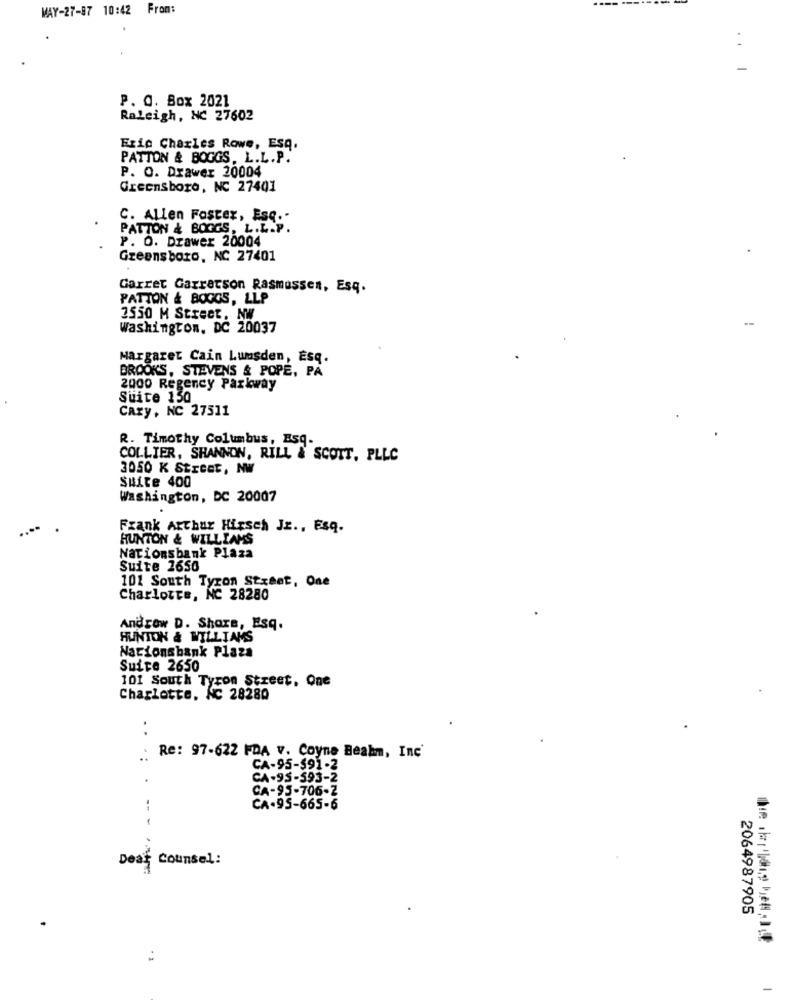
MAY-27-87 10:42 From:
..
P. O. Box 2021
Raleigh, NC 27602
Eric Charles Rowe, ESq.
PATTON & BOGGS, L.L.P.
P. O. Drawer 20004
Greensboro, NC 27401
C. Allen Foster, Esq."
PATTON & BORGS, L.L.P.
P. O. Drawer 20004
Greensboro, NC 27401
Garret Garretson Rasmussen, Esq.
PATTON & BOGGS, LLP
2550 M Street, NW
Washington, DC 20037
Margaret Cain Lumsden, Esq.
BROOKS, STEVENS & POPE, PA
2000 Regency Parkway
Suite 150
Cary, NC 27511
R. Timothy Columbus, Esq.
COLLIER, SHANNON, RILL & SCOTT, PLLC
3050 K Street, NWW
Suite 400
Washington, DC 20007
Frank Arthur Hirsch Jr ., Esq.
HUNTON & WILLIAMS
Nationsbank Plaza
Suite 1650
101 South Tyron Street, One
Charlotte, NC 28280
Andrew D. Shore, Esq.
HUNTON & WILLIAMS
Nacionsbank Plaza
Suite 2650
101 South Tyron Street, One
Charlotte, NC 28280
..
.: Re: 97-622 FDA v. Coyne Beahm, Inc'
CA-95-$91-2
CA-95-593-2
CA-95-706-2
CA.95-665-6
Dear Counsel:
2064987905
+1
-